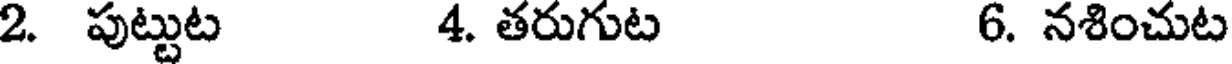
2. పుట్టుట 4. తరుగుట 6. నశించుట